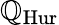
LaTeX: \mathbb{Q}_{\mathrm{{Hur}}}